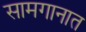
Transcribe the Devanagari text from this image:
सामगानात